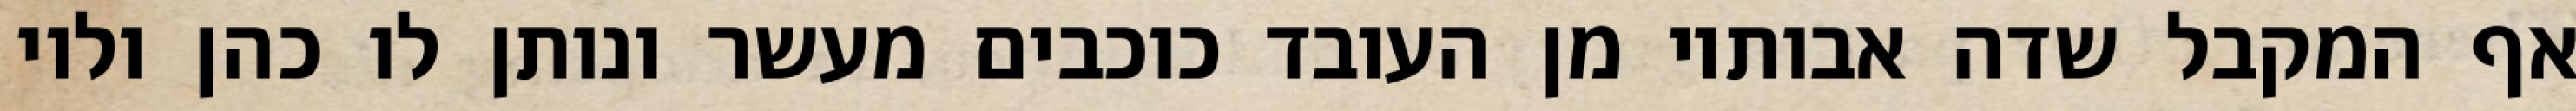
אף המקבל שדה אבותיו מן העובד כוכבים מעשר ונותן לו כהן ולוי